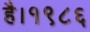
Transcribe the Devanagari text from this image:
है।१९८६